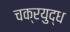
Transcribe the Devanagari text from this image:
चक्रयुद्ध